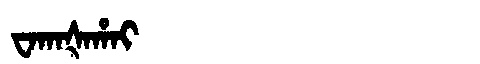
Manchu: ᠸᠠᡴᠠᡧᠠᡥᠠᡳ
Romanization: WAKAŠAHAI